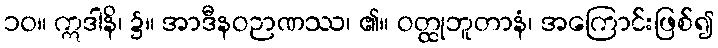
၁၀။ ဣဒါနိ၊ ၌။ အာဒီနဝဉာဏဿ၊ ၏။ ဝတ္ထုဘူတာနံ၊ အကြောင်းဖြစ်၍